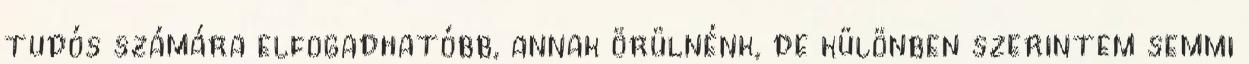
tudós számára elfogadhatóbb, annak örülnénk, de különben szerintem semmi